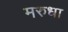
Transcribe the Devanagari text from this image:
मरुधा